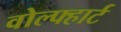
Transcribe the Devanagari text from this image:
वोल्फ्हार्ट